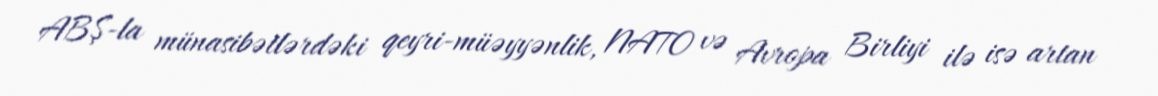
ABŞ-la münasibətlərdəki qeyri-müəyyənlik, NATO və Avropa Birliyi ilə isə artan